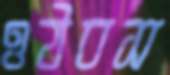
ওঠবস